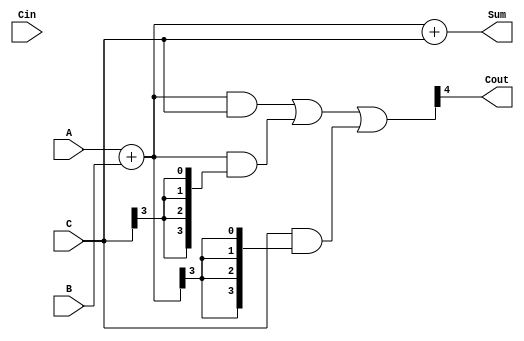
module ModifiedCarrySaveAdder(
    input  [3:0] A,    // First operand
    input  [3:0] B,    // Second operand
    input  [3:0] C,    // Third operand
    input  Cin,        // Carry-in
    output [4:0] Sum,  // 5 bits to accommodate carry-out
    output Cout        // Carry-out
);

    wire [4:0] sumAB;  // Sum of A and B
    wire [4:0] carryAB; // Carry from A and B
    wire [4:0] sumABC; // Sum of sumAB and C
    wire [4:0] carryC; // Carry from sumAB and C

    // Stage 1: Partial Sum and Carry Generation
    // Full adder for A and B
    assign sumAB = A + B; // This will generate the sum and carry
    assign carryAB = (A & B) | (A & {4{B[3]}}) | (B & {4{A[3]}}); // Generate carry for A and B

    // Full adder for sumAB and C
    assign sumABC = sumAB + C; // Add C to the partial sum
    assign carryC = (sumAB & C) | (sumAB & {4{C[3]}}) | (C & {4{sumAB[3]}}); // Generate carry for sumAB and C

    // Final Carry Propagation
    assign Sum = sumABC; // The sum output is the final sum
    assign Cout = carryAB[4] | carryC[4]; // Carry-out is the carry from the last addition

endmodule